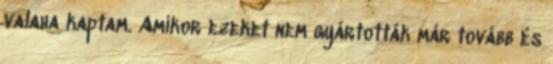
valaha kaptam. Amikor ezeket nem gyártották már tovább és